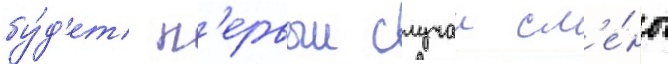
бу́д'ет п'ервыи случаи см'е́ны